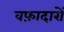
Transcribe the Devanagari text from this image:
वफ़ादारों